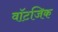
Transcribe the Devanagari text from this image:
वॉटजिक